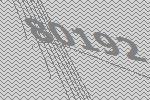
80192